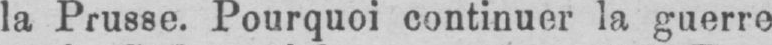
la Prusse. Pourquoi continuer la guerre